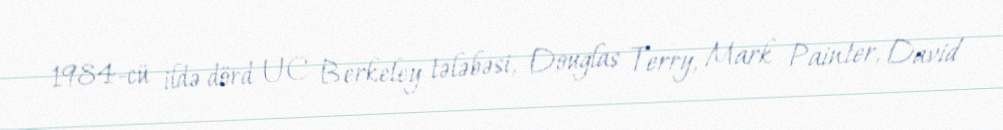
1984-cü ildə dörd UC Berkeley tələbəsi, Douglas Terry, Mark Painter, David